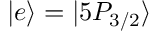
\vert e \rangle = \vert 5 P _ { 3 / 2 } \rangle